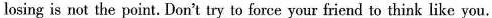
losing is not the point. Don't try to force your friend to think like you.